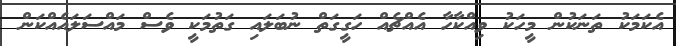
އެކަމަކު ތަނަކުން މީހަކު ވިއްކާހާ އެއްޗެއް ހަގީގަތް ނުބަލައި ގަތުމަކީ ވެސް މައްސަލައެއްކަން